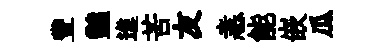
豐豔進苦友恚能嵌瓜